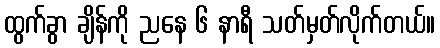
ထွက်ခွာ ချိန်ကို ညနေ ၆ နာရီ သတ်မှတ်လိုက်တယ်။